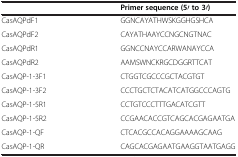
<table><thead><tr><td><b> </b></td><td><b>Primer sequence (5′ to 3′)</b></td></tr></thead><tbody><tr><td>CasAQPdF1</td><td>GGNCAYATHWSKGGHGSHCA</td></tr><tr><td>CasAQPdF2</td><td>CAYATHAAYCCNGCNGTNAC</td></tr><tr><td>CasAQPdR1</td><td>GGNCCNAYCCARWANAYCCA</td></tr><tr><td>CasAQPdR2</td><td>AAMSWNCKRGCDGGRTTCAT</td></tr><tr><td>CasAQP-1-3F1</td><td>CTGGTCGCCCGCTACGTGT</td></tr><tr><td>CasAQP-1-3F2</td><td>CCCTGCTCTACATCATGGCCCAGTG</td></tr><tr><td>CasAQP-1-5R1</td><td>CCTGTCCCTTTGACATCGTT</td></tr><tr><td>CasAQP-1-5R2</td><td>CCGAACACCGTCAGCACGAGAATGA</td></tr><tr><td>CasAQP-1-QF</td><td>CTCACGCCACAGGAAAAGCAAG</td></tr><tr><td>CasAQP-1-QR</td><td>CAGCACGAGAATGAAGGTAATGAGG</td></tr></tbody></table>